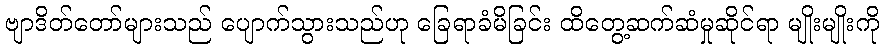
ဗျာဒိတ်တော်များသည် ပျောက်သွားသည်ဟု ခြေရာခံမိခြင်း ထိတွေ့ဆက်ဆံမှုဆိုင်ရာ မျိုးမျိုးကို